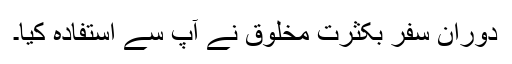
دورانِ سفر بکثرت مخلوق نے آپ سے استفادہ کیا۔